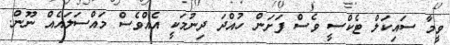
ވީމާ ސައިކަލް ޓެކްސީ ވެސް ފަށަން ހުއްދަ ދިނުމަކީ އެއްވެސް މައްސަލައެއް ނޫން.